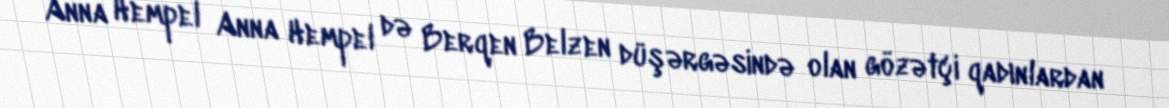
Anna Hempel Anna Hempel də Berqen Belzen düşərgəsində olan gözətçi qadınlardan